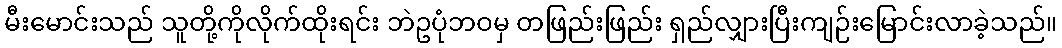
မီးမောင်းသည် သူတို့ကိုလိုက်ထိုးရင်း ဘဲဥပုံဘဝမှ တဖြည်းဖြည်း ရှည်လျှားပြီးကျဉ်းမြောင်းလာခဲ့သည်။